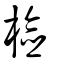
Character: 檢